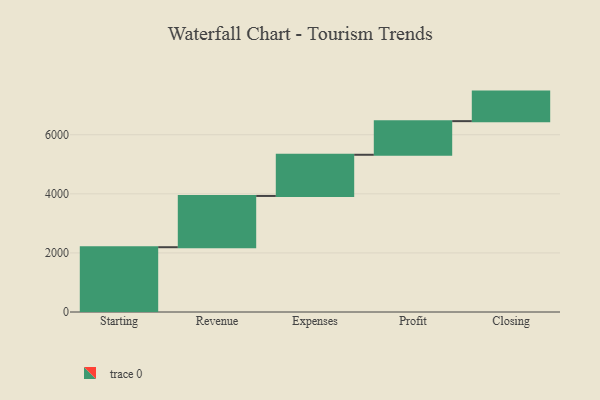
{"axis": {"x": "Step", "y": "Value"}, "legend": [""], "data": [{"x": "Starting", "y": 2193.0, "type": ""}, {"x": "Revenue", "y": 1735.0, "type": ""}, {"x": "Expenses", "y": 1394.0, "type": ""}, {"x": "Profit", "y": 1138.0, "type": ""}, {"x": "Closing", "y": 1000, "type": ""}]}